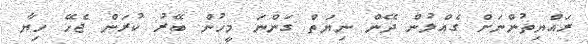
ރައްޔިތުންނަށް ގެއްލުން ދޭން ނިޔަތް ގަންނަ މީހުން ބޭރު ކުރަން ޖެހޭ ހިޔާ